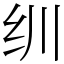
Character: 𬘓